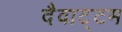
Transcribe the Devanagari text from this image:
दैवाट्टम